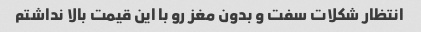
انتظار شکلات سفت و بدون مغز رو با این قیمت بالا نداشتم